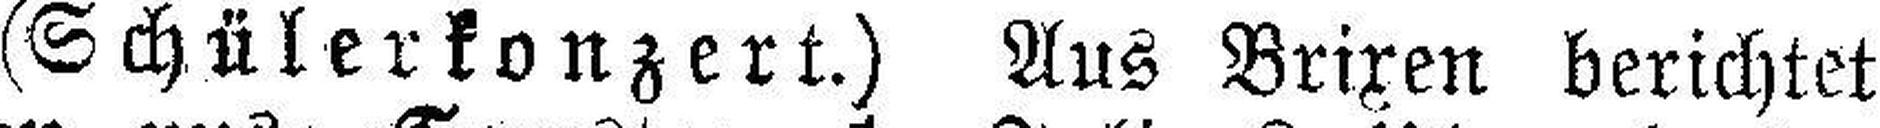
(Schülerkonzert.) Aus Brixen berichtet